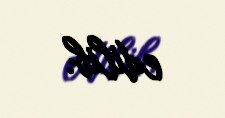
edilib.